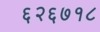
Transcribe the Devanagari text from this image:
६२६७१८